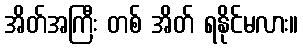
အိတ်အကြီး တစ် အိတ် ရနိုင်မလား။